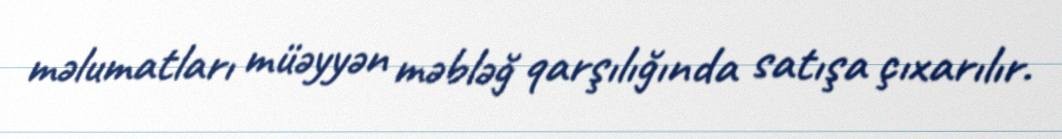
məlumatları müəyyən məbləğ qarşılığında satışa çıxarılır.